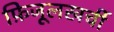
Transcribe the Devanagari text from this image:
फ़िजूलखर्ची